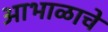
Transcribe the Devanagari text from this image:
आभाळाचे